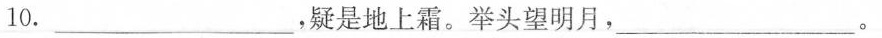
10._______________，疑是地上霜。举头望明月， __________________。